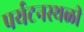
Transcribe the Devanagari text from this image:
पर्यटनस्‍थळी